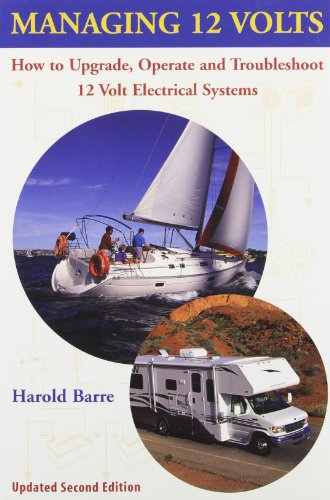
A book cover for Managing 12 Volts: How to Upgrade, Operate, and Troubleshoot 12 Volt Electrical Systems; Harold Barre; Engineering & Transportation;